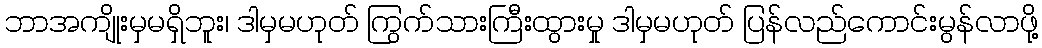
ဘာအကျိုးမှမရှိဘူး၊ ဒါမှမဟုတ် ကြွက်သားကြီးထွားမှု ဒါမှမဟုတ် ပြန်လည်ကောင်းမွန်လာဖို့